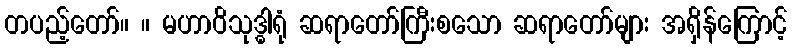
တပည့်တော်။ ။ မဟာဝိသုဒ္ဓါရုံ ဆရာတော်ကြီးစသော ဆရာတော်များ အရှိန်ကြောင့်